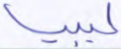
ليبيا